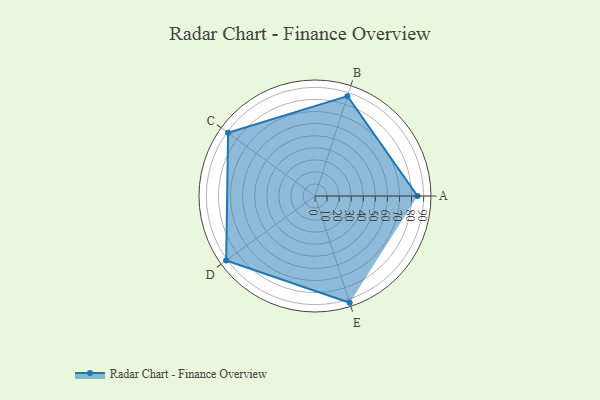
{"axis": {"x": "Skill", "y": "Score"}, "legend": ["Profile"], "data": [{"x": "A", "y": 85.0, "type": "Profile"}, {"x": "B", "y": 87.0, "type": "Profile"}, {"x": "C", "y": 89.0, "type": "Profile"}, {"x": "D", "y": 91.0, "type": "Profile"}, {"x": "E", "y": 93.0, "type": "Profile"}]}